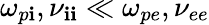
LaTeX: \omega_{p\mathbf{i}},{\nu_{\mathbf{i}\mathbf{i}}}\ll\omega_{pe},{\nu_{ee}}